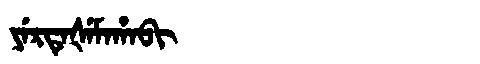
Manchu: ᠶᡝᡵᡨᡝᡧᡝᠮᠠᡥᠠᠪᡳ
Romanization: YERTEŠEMAHABI